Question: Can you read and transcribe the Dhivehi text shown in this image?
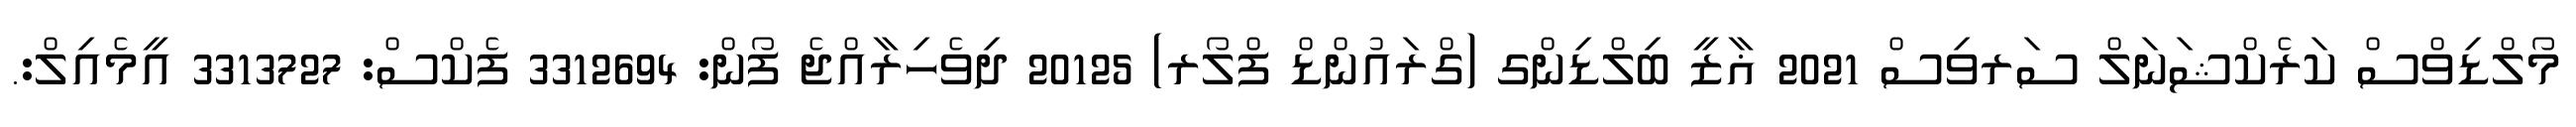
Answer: މޯލްޑިވްސް ކަރެކްޝަނަލް ސަރވިސް 2021 ޣާޒީ ބިލްޑިންގ (ގްރައުންޑް ފްލޯރ) 20125 ދިވެހިރާއްޖެ ފޯން: 3312694 ފެކްސް: 3313727 އީމެއިލް:.